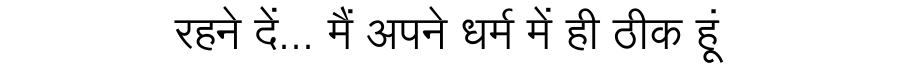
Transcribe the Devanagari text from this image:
रहने दें... मैं अपने धर्म में ही ठीक हूं